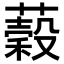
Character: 𦾫